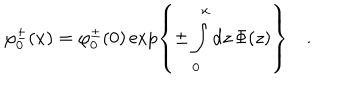
LaTeX: \varphi _ { 0 } ^ { \pm } ( x ) = \varphi _ { 0 } ^ { \pm } ( 0 ) \exp \left\{ \pm \int _ { 0 } ^ { x } \mathrm { d } z \, \Phi ( z ) \right\} \quad .